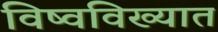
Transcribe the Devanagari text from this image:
विष्वविख्यात